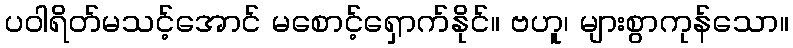
ပဝါရိတ်မသင့်အောင် မစောင့်ရှောက်နိုင်။ ဗဟူ၊ များစွာကုန်သော။